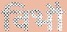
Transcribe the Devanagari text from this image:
विभौ